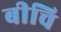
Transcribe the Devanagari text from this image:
बीचि